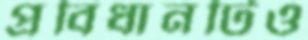
প্রবিধানটিও